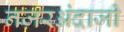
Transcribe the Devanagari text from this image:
नज़रअंदाजी